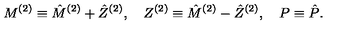
M ^ { ( 2 ) } \equiv \hat { M } ^ { ( 2 ) } + \hat { Z } ^ { ( 2 ) } , \quad Z ^ { ( 2 ) } \equiv \hat { M } ^ { ( 2 ) } - \hat { Z } ^ { ( 2 ) } , \quad P \equiv \hat { P } .